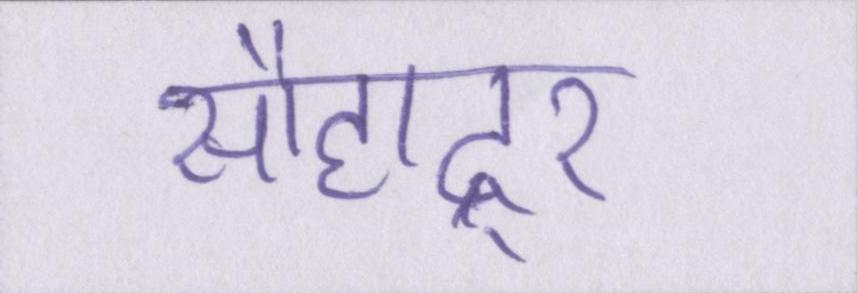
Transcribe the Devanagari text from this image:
सौहाद्र्र